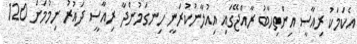
އެކަމަކު ރިއާސީ އިންތިހާބު ރާއްޖޭގައި އިއުލާނުކުރަނީ ހިނގަމުންދާ ރިއާސީ ދައުރު ނިމުމަށް 120